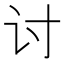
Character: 讨